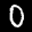
Label: 0